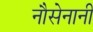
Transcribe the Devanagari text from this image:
नौसेनानी